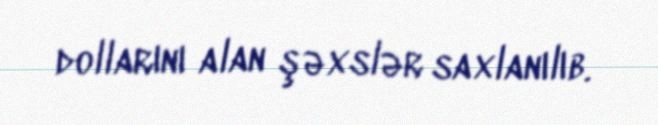
dollarını alan şəxslər saxlanılıb.